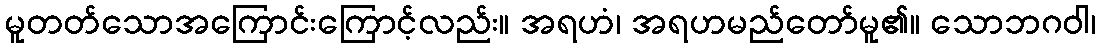
မူတတ်သောအကြောင်းကြောင့်လည်း။ အရဟံ၊ အရဟမည်တော်မူ၏။ သောဘဂဝါ၊